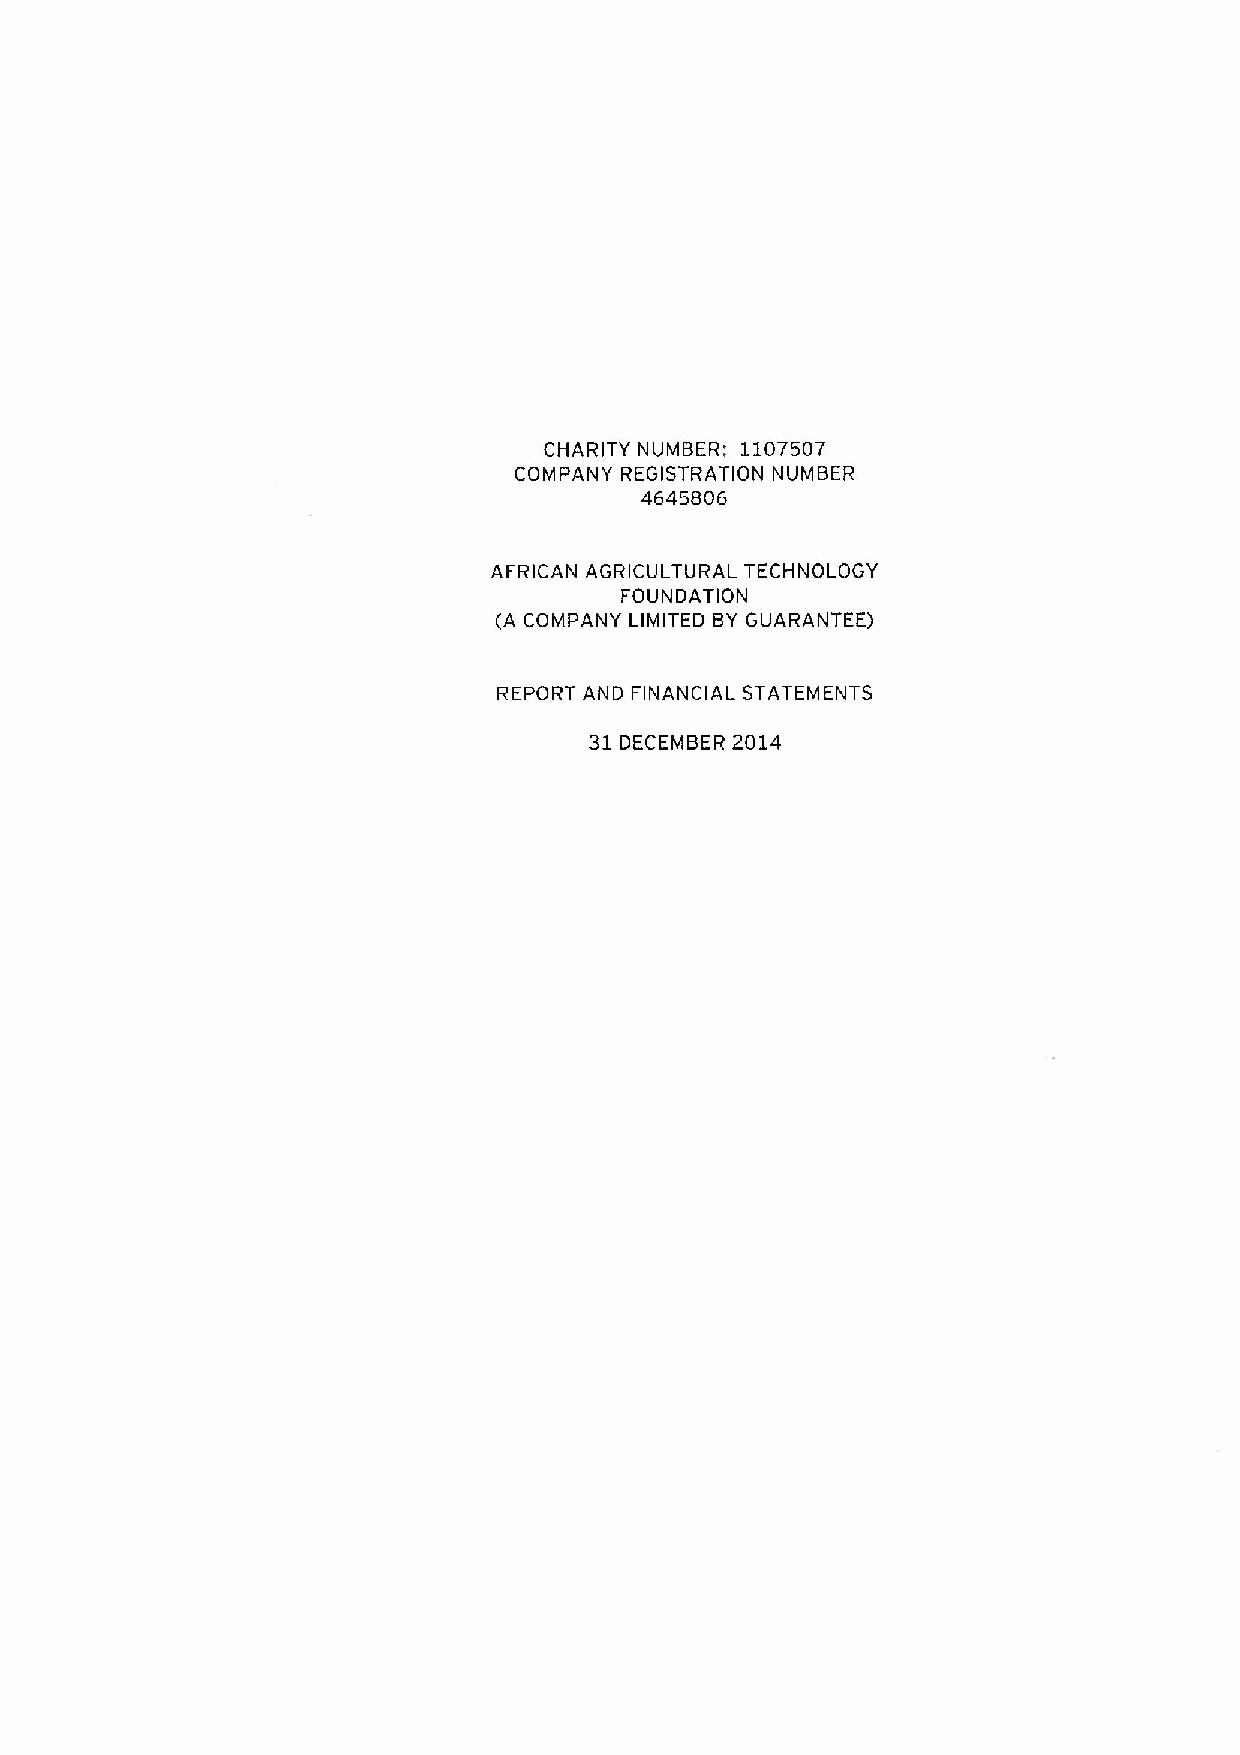
CHARITY NUMBER: 1107507
 COMPANY REGISTRATION NUMBER
 4645806
 AFRICAN AGRICULTURAL TECHNOLOGY
 FOUNDATION
 (A COMPANY LIMITED BYGUARANTEE)
 REPORT AND FINANCIAL STATEMENTS
 31DECEMBER 2014